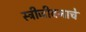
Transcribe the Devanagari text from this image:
स्त्रीजीवनाचे